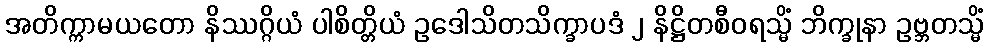
အတိက္ကာမယတော နိဿဂ္ဂိယံ ပါစိတ္တိယံ ဥဒေါသိတသိက္ခာပဒံ ၂ နိဋ္ဌိတစီဝရသ္မိံ ဘိက္ခုနာ ဥဗ္ဘတသ္မိံ